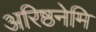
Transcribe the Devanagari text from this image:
अरिष्ठनेमि